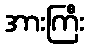
အားကြီး